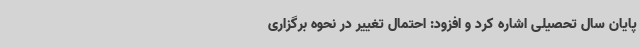
پایان سال تحصیلی اشاره کرد و افزود: احتمال تغییر در نحوه برگزاری